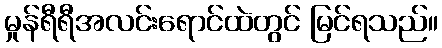
မှုန်ရီရီအလင်းရောင်ထဲတွင် မြင်ရသည်။